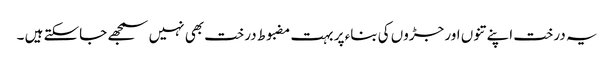
یہ درخت اپنے تنوں اور جڑوں کی بناء پر بہت مضبوط درخت بھی نہیں سمجھے جاسکتے ہیں ۔